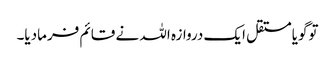
توگویامستقل ایک دروازہ اللہ نے قائم فرمادیا۔